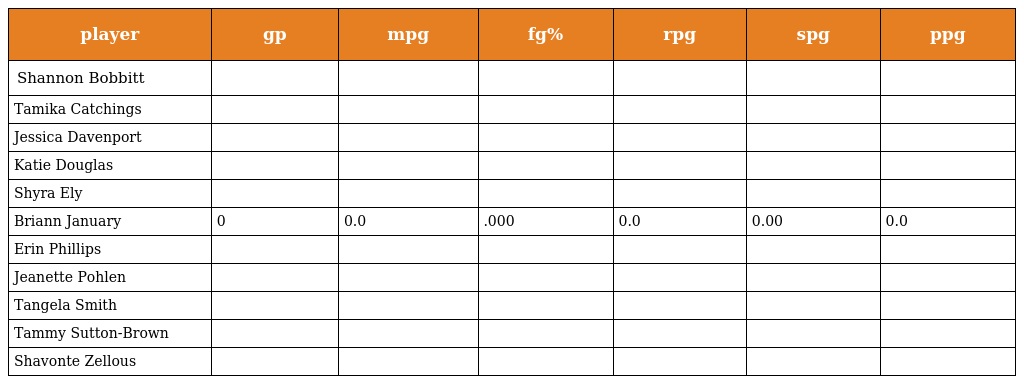
| player | gp | mpg | fg% | rpg | spg | ppg |
 | --- | --- | --- | --- | --- | --- | --- |
 | Shannon Bobbitt |  |  |  |  |  |  |
 | Tamika Catchings |  |  |  |  |  |  |
 | Jessica Davenport |  |  |  |  |  |  |
 | Katie Douglas |  |  |  |  |  |  |
 | Shyra Ely |  |  |  |  |  |  |
 | Briann January | 0 | 0.0 | .000 | 0.0 | 0.00 | 0.0 |
 | Erin Phillips |  |  |  |  |  |  |
 | Jeanette Pohlen |  |  |  |  |  |  |
 | Tangela Smith |  |  |  |  |  |  |
 | Tammy Sutton-Brown |  |  |  |  |  |  |
 | Shavonte Zellous |  |  |  |  |  |  |